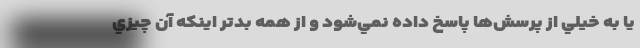
يا به خيلي از پرسش‌ها پاسخ داده نمي‌شود و از همه بدتر اينكه آن چيزي